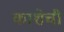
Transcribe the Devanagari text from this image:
काशेची